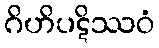
ဂိဟိပဋိဿဝံ